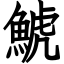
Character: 鯱